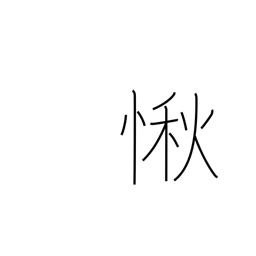
Meaning: respect